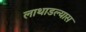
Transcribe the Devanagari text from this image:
लाथाडल्यास